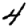
Digit: 4